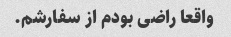
واقعا راضی بودم از سفارشم.